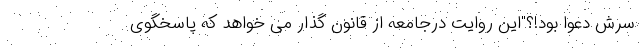
سرش دعوا بود!؟"این روایت درجامعه از قانون گذار می خواهد که پاسخگوی